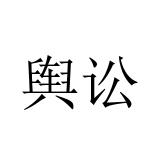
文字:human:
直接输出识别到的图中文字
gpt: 舆讼